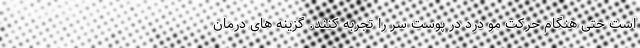
است حتی هنگام حرکت مو درد در پوست سر را تجربه کنند. گزینه های درمان